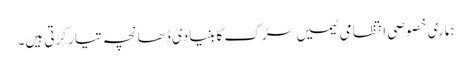
ہماری خصوصی انتظامی ٹیمیں سڑک کا بنیادی ڈھانچہ تیار کرتی ہیں۔